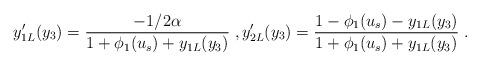
LaTeX: \begin{align*}y_{1L}'(y_3)=\frac{-1/2\alpha}{1+\phi_1(u_s)+y_{1L}(y_3)}\;,y_{2L}'(y_3)=\frac{1-\phi_1(u_s)-y_{1L}(y_3)}{1+\phi_1(u_s)+y_{1L}(y_3)}\;.\end{align*}